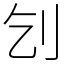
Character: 刉